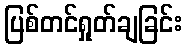
ပြစ်တင်ရှုတ်ချခြင်း